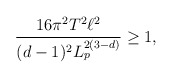
\begin{align*}\frac{16 \pi^2 T^2 \ell^2}{(d-1)^2 L_p^{2(3-d)}} \geq 1,\end{align*}